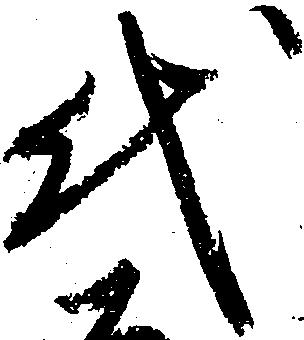
代